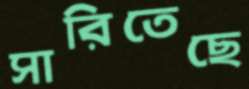
সারিতেছে